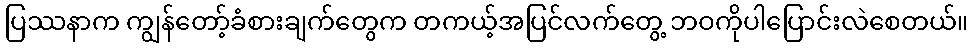
ပြဿနာက ကျွန်တော့်ခံစားချက်တွေက တကယ့်အပြင်လက်တွေ့ ဘဝကိုပါပြောင်းလဲစေတယ်။